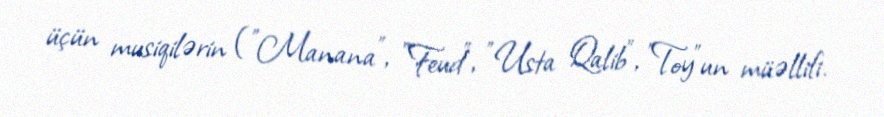
üçün musiqilərin ("Manana", "Feud", "Usta Qalib", "Toy"un müəllifi.